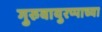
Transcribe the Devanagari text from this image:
गुरुवायुरप्पाच्या